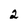
Character: 2